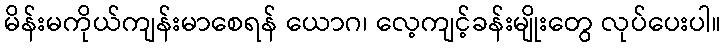
မိန်းမကိုယ်ကျန်းမာစေရန် ယောဂ၊ လေ့ကျင့်ခန်းမျိုးတွေ လုပ်ပေးပါ။